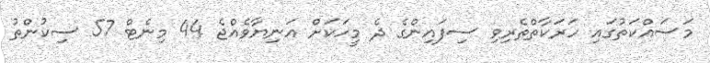
މަސައްކަތުގައި ހަރަކާތްތެރިވި ސިފައިންގެ ދެ މީހަކަށް އަނިޔާވެއްޖެ 44 މިނެޓް 57 ސިކުންތު